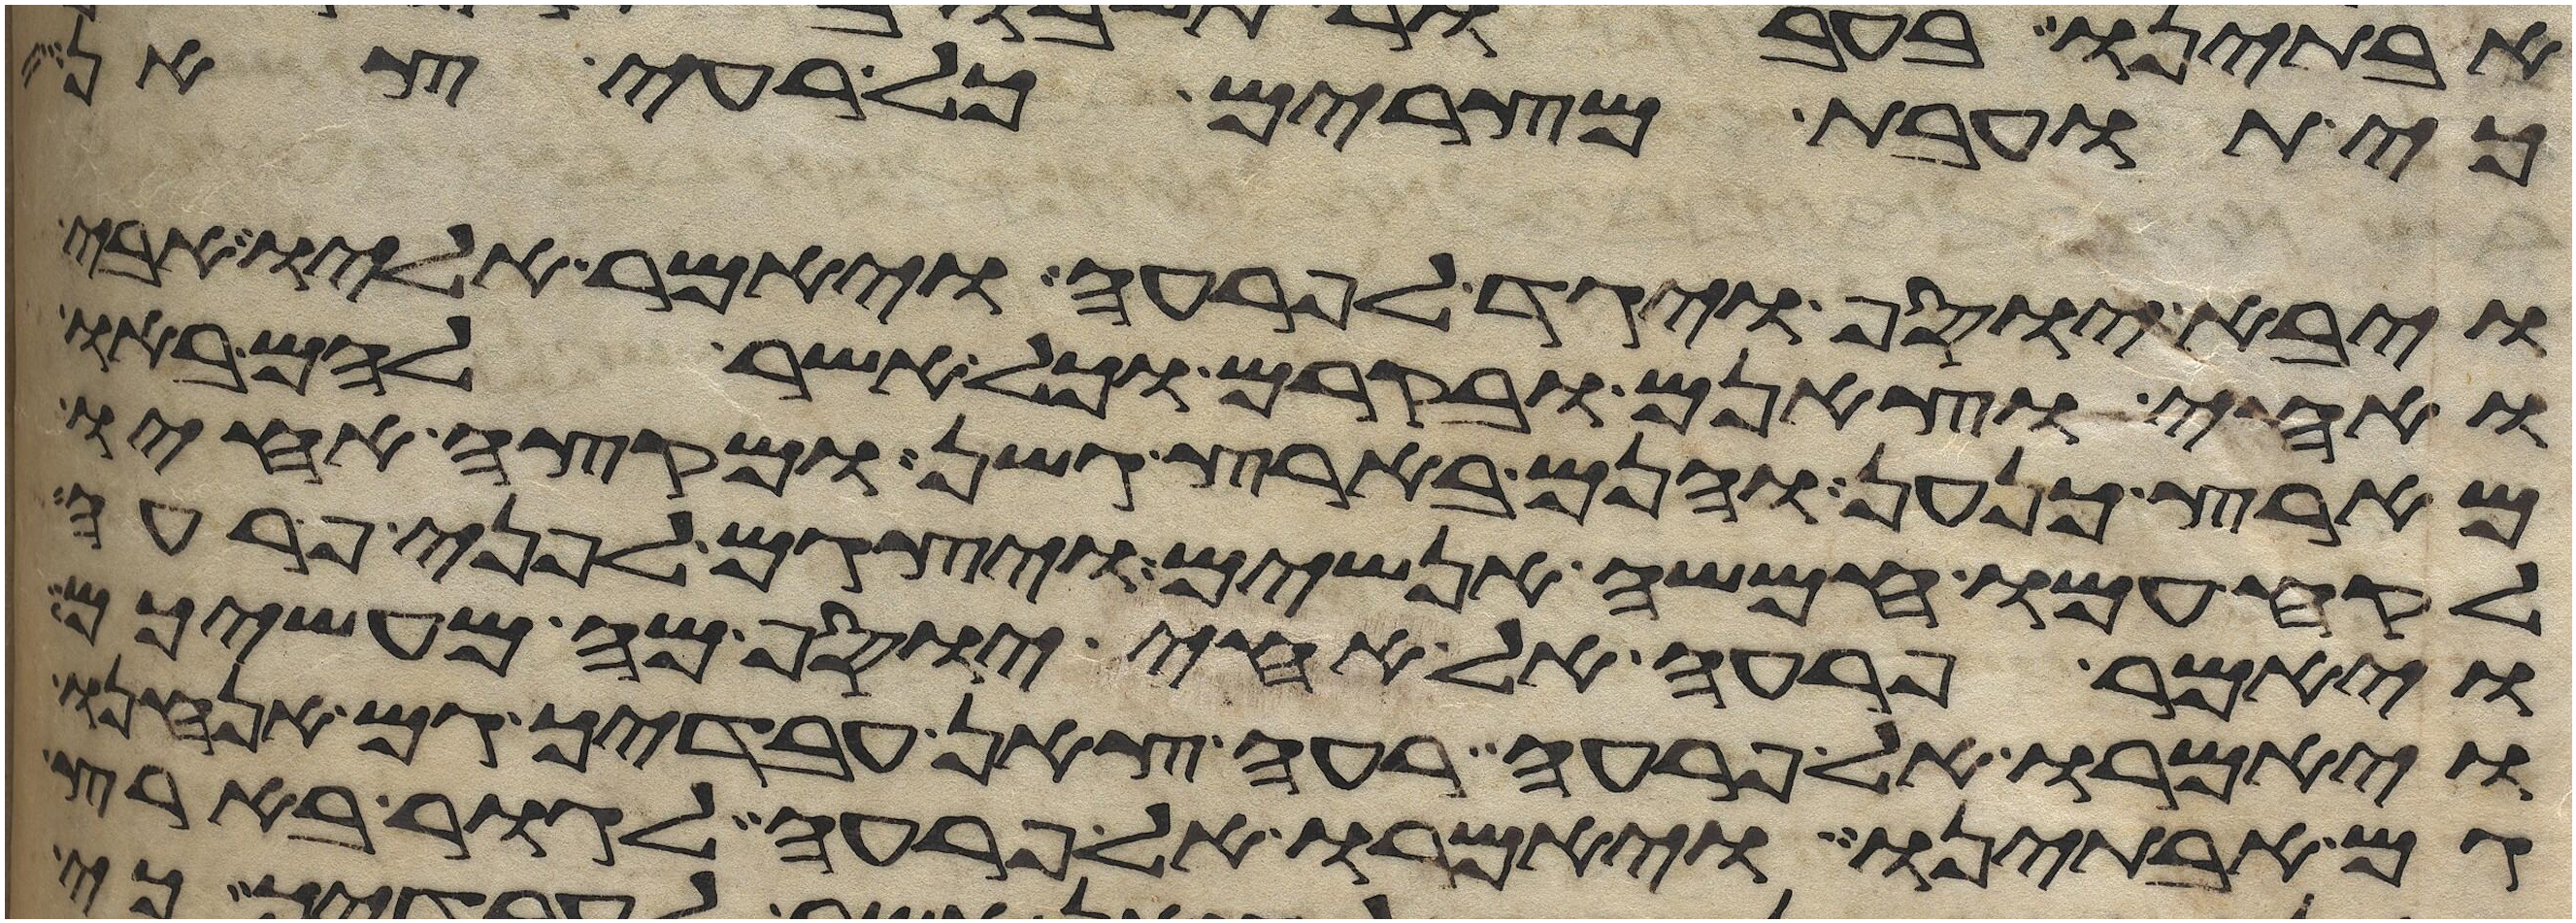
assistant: כי תועבת מצרים כל רעי צאן
ויבא יוסף ויגד לפרעה ויאמר אליו אבי
ואחי וצאנם ובקרם וכל אשר להם באו
מארץ כנען והנם בארץ גשן ומקצה אחיו
לקח עמו חמשה אנשים ויצגם לפני פרעה
ויאמר פרעה אל אחי יוסף מה מעשיכם
ויאמרו אל פרעה רעי צאן עבדיך גם אנחנו
גם אבתינו ויאמרו אל פרעה לגור בארץ